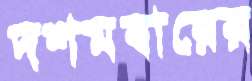
দশমবারের